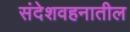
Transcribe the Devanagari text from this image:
संदेशवहनातील